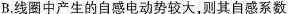
B.线圈中产生的自感电动势较大，则其自感系数